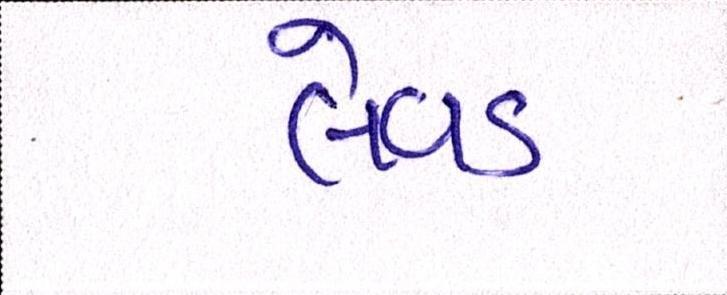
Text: લેવડ